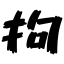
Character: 拘